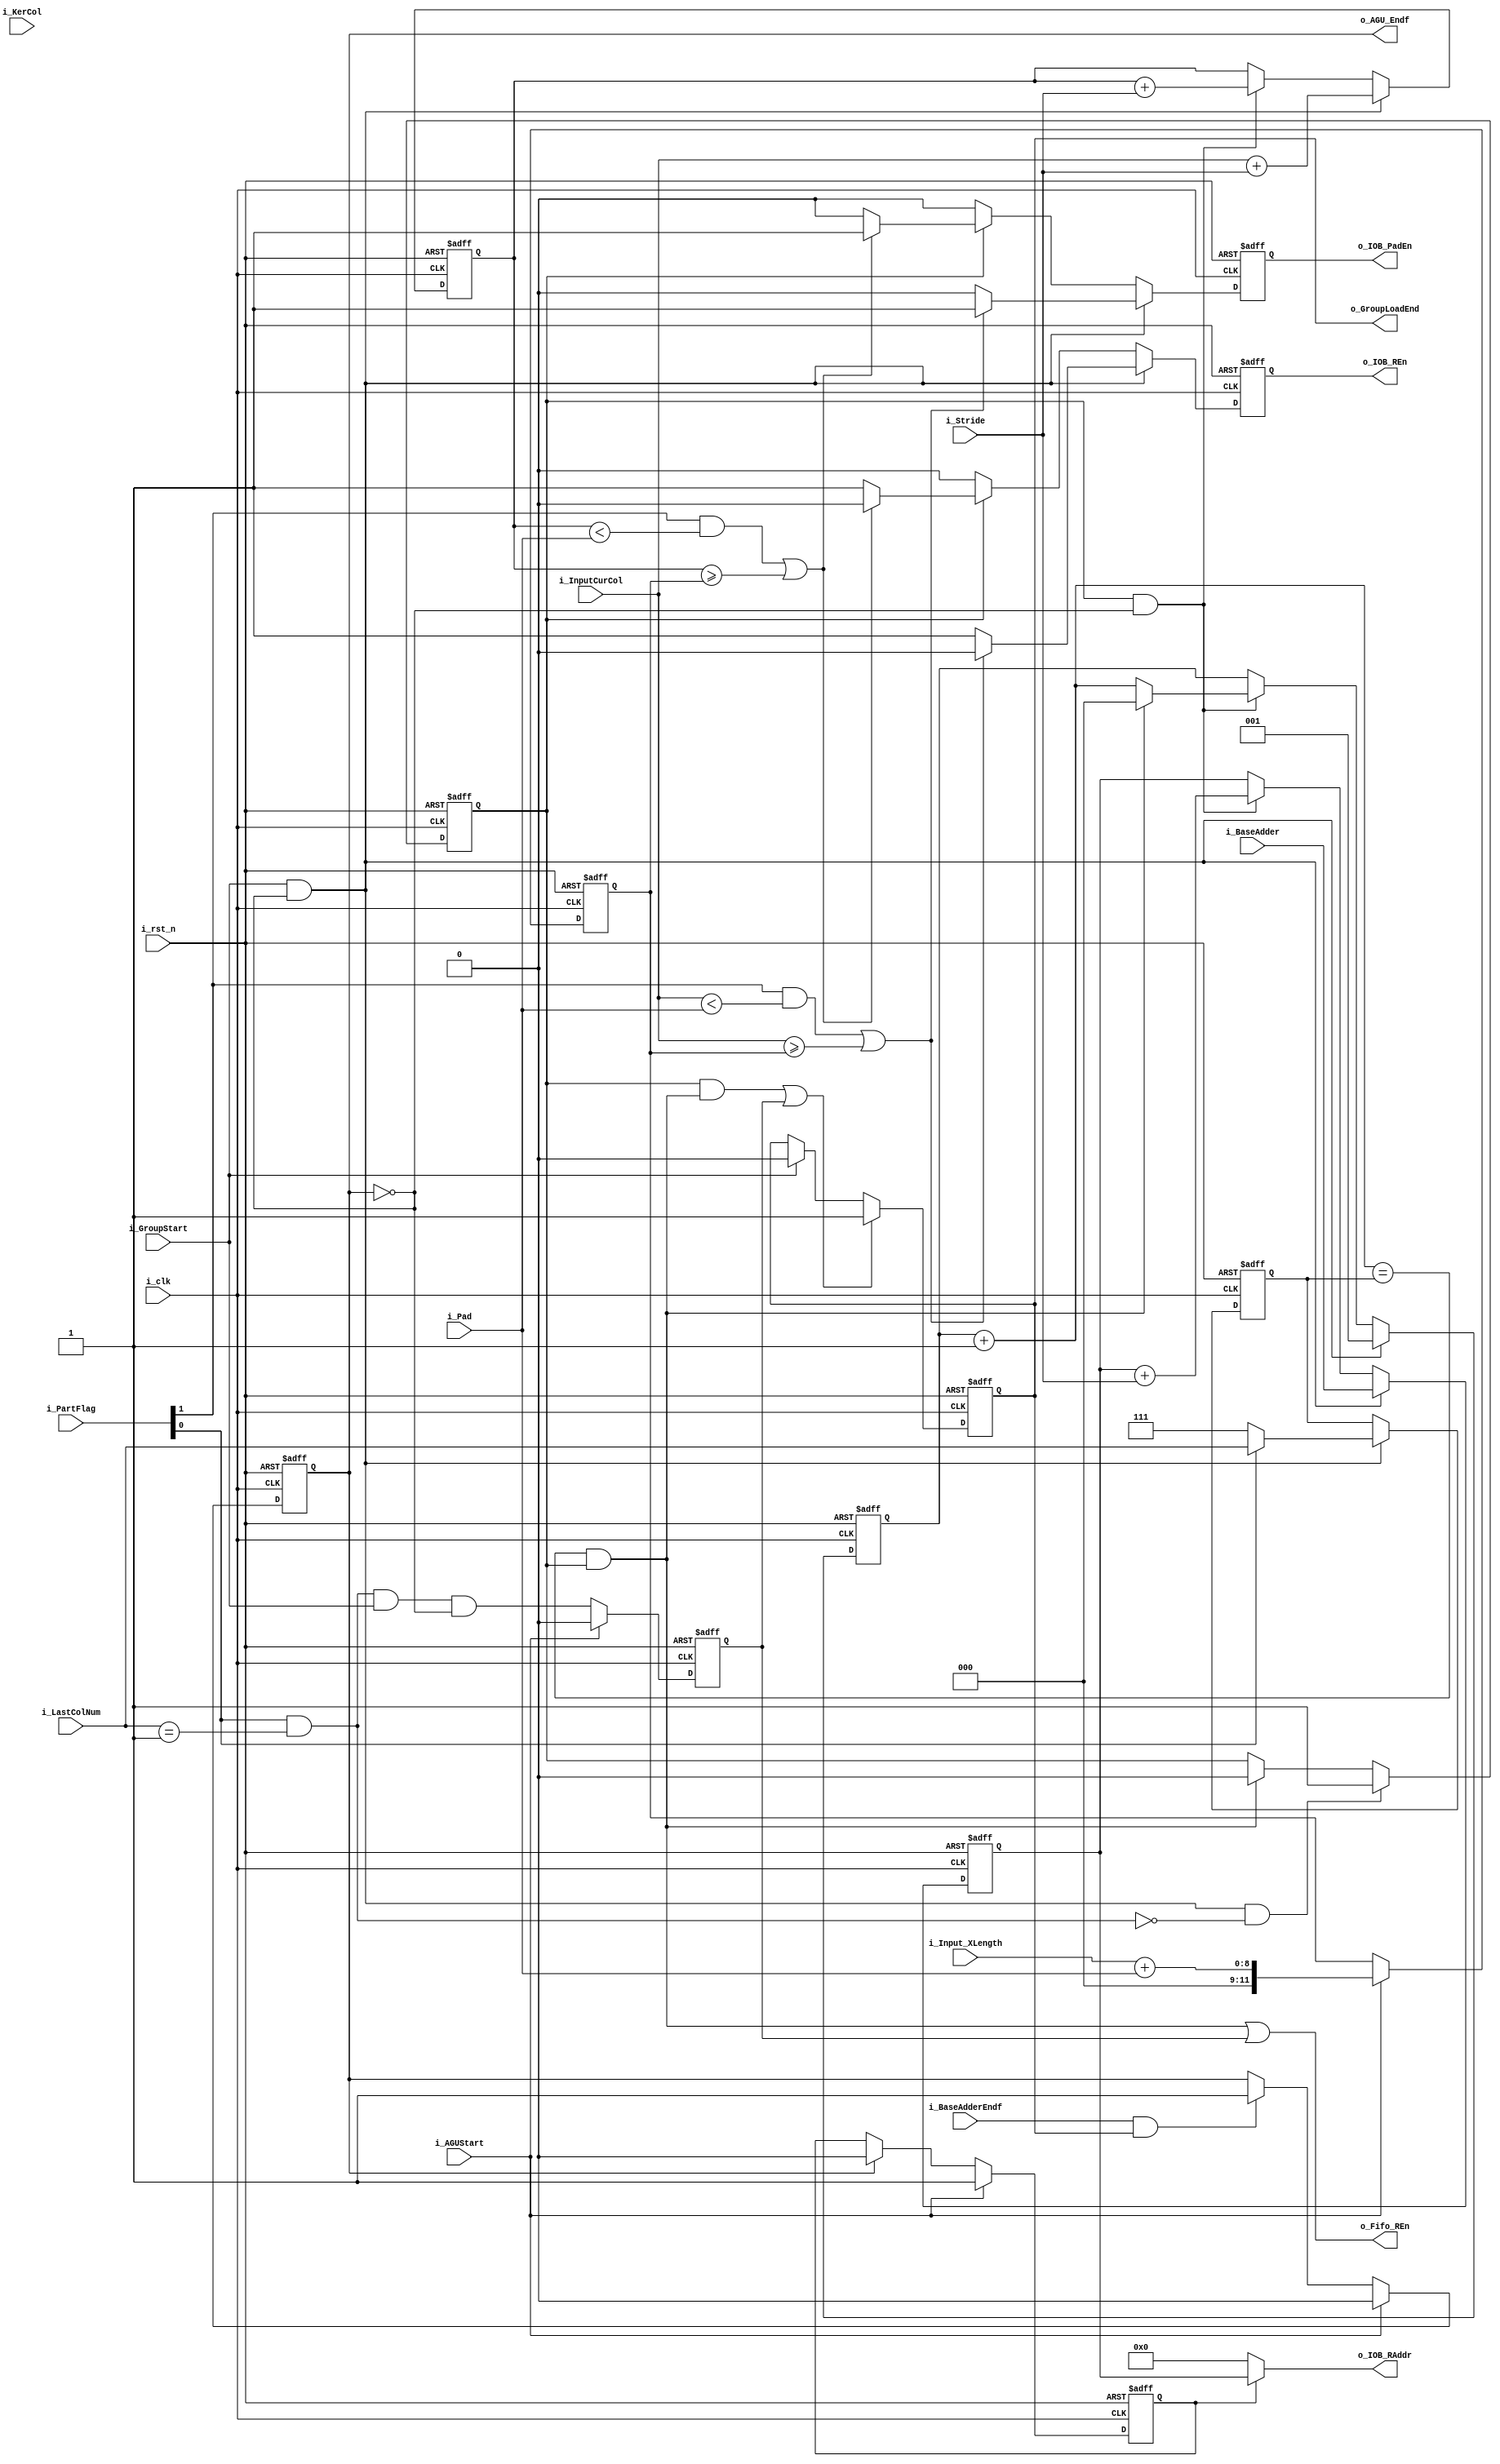
`timescale 1ns / 1ps
//////////////////////////////////////////////////////////////////////////////////
// Company: 
// Engineer: 
// 
// Design Name: 
// Module Name: IAGU_CONV_GADDR
// Project Name: 
// Target Devices: 
// Tool Versions: 
// Description: 
// 
// Dependencies: 
// 
// Revision:
// Revision 0.01 - File Created
// Additional Comments:
// 
//////////////////////////////////////////////////////////////////////////////////
//CHN:Group
//CHN:Group7LastColNum
module IAGU_CONV_GADDR (
    input i_clk  ,
    input i_rst_n,

    input [7:0] i_Input_XLength,
    input [11:0] i_BaseAdder   ,
    input [11:0] i_InputCurCol ,
    input [1:0] i_PartFlag     ,    //'bfirstpart' 'blastpart'
    input [3:0] i_KerCol       ,
    input i_BaseAdderEndf      ,
    input i_GroupStart         ,
    
    input [1:0] i_Pad       ,
    input [1:0] i_Stride    ,
    input [2:0] i_LastColNum,    //==last part_len
    input i_AGUStart        ,
    
    output o_Fifo_REn        ,
    output o_IOB_PadEn       ,
    output o_IOB_REn         ,
    output [11:0] o_IOB_RAddr,
    output o_GroupLoadEnd    ,
    output o_AGU_Endf   
);

   // reg [5:0] r_CurKerCol;
    reg [11:0] r_OutAdder;
    reg r_AdderEn;
    wire c_AdderEnd;
    reg [2:0] r_AdderCnt;
    reg [11:0] r_InputCurColAdder;

   // reg r_AGUStart;
    reg r_AGU_Endf;
/*
    always@(posedge i_clk or negedge i_rst_n) begin
        if (!i_rst_n)
            r_AGUStart <= 1'd0;
        else if (i_AGUStart & ~r_AGU_Endf)
            r_AGUStart <= 1'd1;
        else 
            r_AGUStart <= 1'd0;
    end
*/
    reg [2:0] r_PartLen;
    wire c_PadOneClk;
    assign c_PadOneClk = i_PartFlag[0] && (i_LastColNum == 3'd1);
    always@(posedge i_clk or negedge i_rst_n) begin
        if (!i_rst_n)
            r_PartLen <= 3'd7;
        else if (i_GroupStart & ~r_AGU_Endf)
            if (i_PartFlag[0])    //last part
                r_PartLen <= i_LastColNum;
            else
                r_PartLen <= 3'd7;
        else 
            r_PartLen <= r_PartLen;
    end

    reg r_PadOneClk;
    always@(posedge i_clk or negedge i_rst_n) begin
        if (!i_rst_n)
            r_PadOneClk <= 1'd0;
        else if(i_AGUStart)
        	 r_PadOneClk <= 1'd0;
        else
            r_PadOneClk <= c_PadOneClk & i_GroupStart & ~r_AGU_Endf;                    
    end

    assign c_AdderEnd = (r_AdderCnt + 3'd1 == r_PartLen) && r_AdderEn;    //CHN:Last col num==1
    always@(posedge i_clk or negedge i_rst_n) begin
        if (!i_rst_n)
            r_AdderEn <= 1'd0;
        else if (i_GroupStart & ~r_AGU_Endf & ~c_PadOneClk)    //CHN:pad 1clk 
            r_AdderEn <= 1'd1;
        else if (c_AdderEnd)
            r_AdderEn <= 1'd0;
        else
            r_AdderEn <= r_AdderEn;
    end

    always@(posedge i_clk or negedge i_rst_n) begin
        if (!i_rst_n)
            r_AdderCnt <= 3'd0;
        else if (i_GroupStart&~r_AGU_Endf)
            r_AdderCnt <= 3'd1; 
        else if (r_AdderEn & ~r_AGU_Endf)
            if (c_AdderEnd)
                r_AdderCnt <= 3'd0;
            else
                r_AdderCnt <= r_AdderCnt + 3'd1;
        else
            r_AdderCnt <= r_AdderCnt;
    end

    //CHN:kercol+cur_pe_col*stride
   // always@(posedge i_clk or negedge i_rst_n) begin
   //     if (!i_rst_n)
  //          r_CurKerCol <= 6'd0;
 //       else if (i_GroupStart & ~r_AGU_Endf)
  //          r_CurKerCol <= i_KerCol + i_Stride;
  //      else if (r_AdderEn & ~r_AGU_Endf)
 //           r_CurKerCol <= r_CurKerCol + i_Stride;
  //      else
  //          r_CurKerCol <= r_CurKerCol;
  //  end

    //CHN:cur_input_col = r_InputCurColAdder + cur_pe_col * stridepad
    always@(posedge i_clk or negedge i_rst_n) begin
        if (!i_rst_n)
            r_InputCurColAdder <= 12'd0;
        else if (i_GroupStart & ~r_AGU_Endf)
            r_InputCurColAdder <= i_InputCurCol + i_Stride;
        else if (r_AdderEn & ~r_AGU_Endf)
            r_InputCurColAdder <= r_InputCurColAdder + i_Stride;
        else
            r_InputCurColAdder <= r_InputCurColAdder;
    end

    //CHN:  
    always@(posedge i_clk or negedge i_rst_n) begin
        if (!i_rst_n)
            r_OutAdder <= 12'd0;
        else if (i_GroupStart & ~r_AGU_Endf)
            r_OutAdder <= i_BaseAdder;
        else if (r_AdderEn & ~r_AGU_Endf)
            r_OutAdder <= r_OutAdder + i_Stride;
        else
            r_OutAdder <= r_OutAdder;
    end

    //CHN:PAD       
    /*
    CHN:paden
        if (cur_part == 0 and cur_input_col < pad) or (cur_input_col >= input_x_length + pad):
    padpeload0
    input_addr = -1
    */

    reg [11:0] r_PadPosReg;
    reg r_PadEn, r_REn;   
    wire [11:0] real_InputCurCol;
     assign  real_InputCurCol = i_InputCurCol + r_AdderCnt;  
    always@(posedge i_clk or negedge i_rst_n) begin
        if (!i_rst_n)
            r_PadPosReg <= 12'd0;
        //else if (i_AGUStart & ~r_AGU_Endf)
        else if (i_AGUStart )
            r_PadPosReg <= i_Input_XLength + i_Pad;    //i_Stride;
        else 
            r_PadPosReg <= r_PadPosReg;
    end

    always@(posedge i_clk or negedge i_rst_n)begin
        if (!i_rst_n) begin
            r_PadEn <= 1'd0;
            r_REn   <= 1'd0;
        end else begin
            if (i_GroupStart & ~r_AGU_Endf)
                if ((i_PartFlag[1]) && (i_InputCurCol < {10'd0, i_Pad}) || ((i_InputCurCol >= r_PadPosReg))) begin
                    r_PadEn <= 1'd1;
                    r_REn   <= 1'd0;
                end else begin
                    r_PadEn <= 1'd0;
                    r_REn   <= 1'd1;
                end
            else begin
                if (r_AdderEn)
                    if ((i_PartFlag[1]) && (r_InputCurColAdder < {10'd0, i_Pad}) || ((r_InputCurColAdder >= r_PadPosReg))) begin
                        r_PadEn <= 1'd1;
                        r_REn   <= 1'd0;
                    end else begin
                        r_PadEn <= 1'd0;
                        r_REn   <= 1'd1;
                    end
                else begin
                    r_PadEn <= 1'd0;
                    r_REn   <= 1'd0;
                end
            end
        end
    end

    reg r_GroupLoadEnd;
    wire c_GroupLoadEnd;
    assign c_GroupLoadEnd = r_AdderEn && c_AdderEnd || r_PadOneClk;    //CHN:pad 1clk
    always@(posedge i_clk or negedge i_rst_n) begin
        if (!i_rst_n) begin
            r_GroupLoadEnd <= 1'd1;
        end else begin
            if (c_GroupLoadEnd)
                r_GroupLoadEnd <= 1'd1;
            else if (i_GroupStart)
                r_GroupLoadEnd <= 1'd0;
            else
                r_GroupLoadEnd <= r_GroupLoadEnd;
        end
    end

    always@(posedge i_clk or negedge i_rst_n) begin
        if(!i_rst_n) begin
            r_AGU_Endf <= 1'd0;
        end else begin
            if (i_AGUStart)
                r_AGU_Endf<= 1'd0;
            else if (i_BaseAdderEndf && r_GroupLoadEnd)
                r_AGU_Endf<= 1'd1;
            else
                r_AGU_Endf <= r_AGU_Endf;
        end
    end
        
    //for debug
  //  reg [19:0] r_GroupCounter;
  //  always@(posedge i_clk or negedge i_rst_n) begin
  //      if (!i_rst_n) begin
  //          r_GroupCounter <= 20'd0;
  //      end else begin
   //         if (i_AGUStart)
   //             r_GroupCounter<= 20'd0;
   //         else if (i_GroupStart)
   //             r_GroupCounter <= r_GroupCounter + 20'd1;
   //         else
   //             r_GroupCounter <= r_GroupCounter;
 //       end
 //   end
    //debug end 

    reg r_ConvEn;
    always@(posedge i_clk or negedge i_rst_n) begin
        if (!i_rst_n) begin
            r_ConvEn <= 1'd0;
        end else begin
            if (i_AGUStart)
                r_ConvEn <= 1'd1;
            else if (r_AGU_Endf)
                r_ConvEn <= 1'd0;
            else
                r_ConvEn <= r_ConvEn;
        end
    end

    //output
    assign o_Fifo_REn     = c_AdderEnd || r_PadOneClk;
    assign o_GroupLoadEnd = r_GroupLoadEnd;
    assign o_AGU_Endf     = r_AGU_Endf;
    assign o_IOB_RAddr    = (r_ConvEn) ? r_OutAdder : 12'd0;
    assign o_IOB_PadEn    = r_PadEn;
    assign o_IOB_REn      = r_REn  ;

endmodule